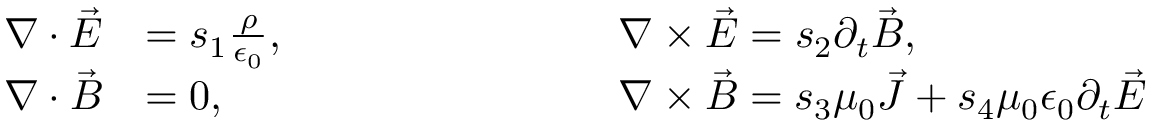
\begin{array} { r l r l } { \nabla \cdot \vec { E } } & { = s _ { 1 } \frac { \rho } { \epsilon _ { 0 } } , \qquad \qquad \qquad } & & { \nabla \times \vec { E } = s _ { 2 } \partial _ { t } \vec { B } , } \\ { \nabla \cdot \vec { B } } & { = 0 , } & & { \nabla \times \vec { B } = s _ { 3 } \mu _ { 0 } \vec { J } + s _ { 4 } \mu _ { 0 } \epsilon _ { 0 } \partial _ { t } \vec { E } } \end{array}